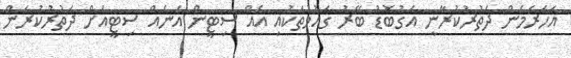
އަހަރެމެން ދަތުރުކުރާނީ އަގުބޮޑު ބޭރު ގައުމުތަކުއި އެއް ސިޓީން އަނެއް ސިޓީއަށް ދަތުރުކުރަން